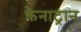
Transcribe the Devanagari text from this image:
केनाट्रान